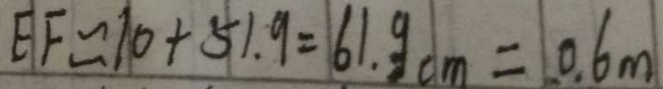
E F \approx 1 0 + 5 1 . 9 = 6 1 . 9 c m = 0 . 6 m